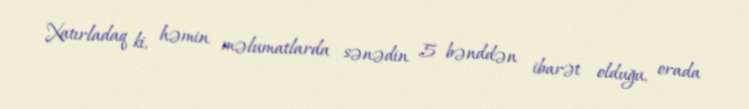
Xatırladaq ki, həmin məlumatlarda sənədin 5 bənddən ibarət olduğu, orada